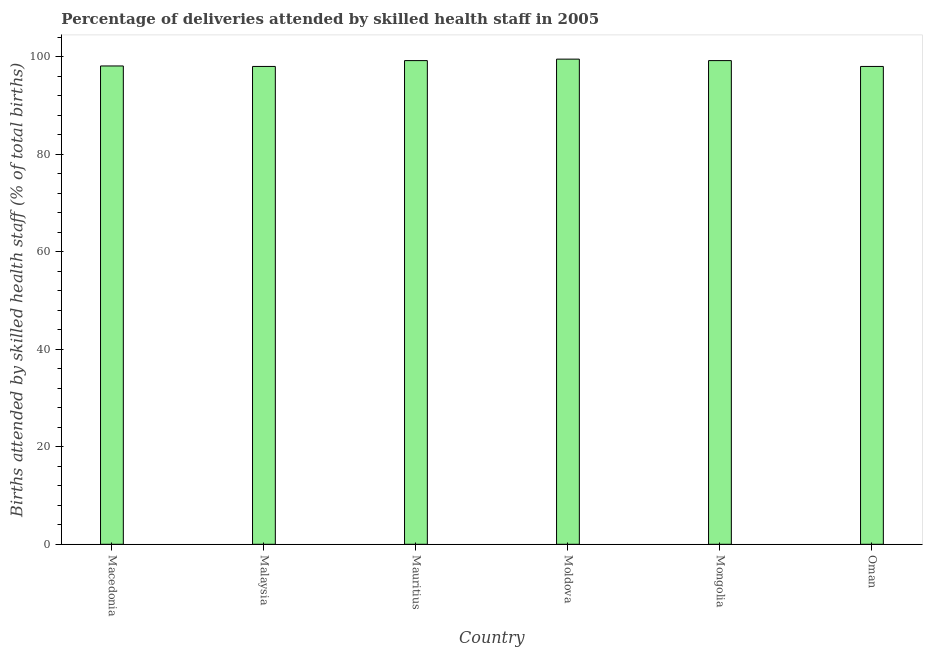
| Country | Births attended by skilled health staff |
 | --- | --- |
 | Macedonia | 98.1 |
 | Malaysia | 98 |
 | Mauritius | 99.2 |
 | Moldova | 99.5 |
 | Mongolia | 99.2 |
 | Oman | 98 |